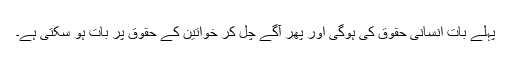
پہلے بات انسانی حقوق کی ہوگی اور پھر آگے چل کر خواتین کے حقوق پر بات ہو سکتی ہے۔